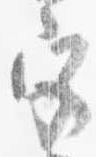
宮